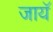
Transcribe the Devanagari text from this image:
जायॅ